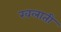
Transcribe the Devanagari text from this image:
खलाती